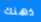
ذهنك